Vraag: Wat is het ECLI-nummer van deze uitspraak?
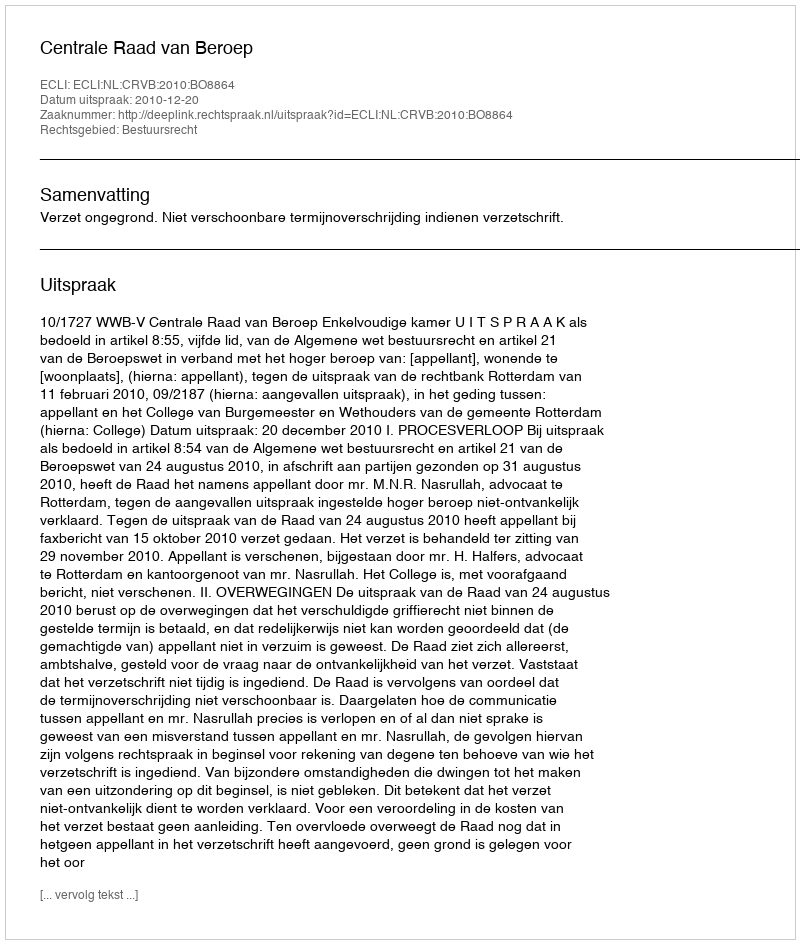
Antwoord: ECLI:NL:CRVB:2010:BO8864